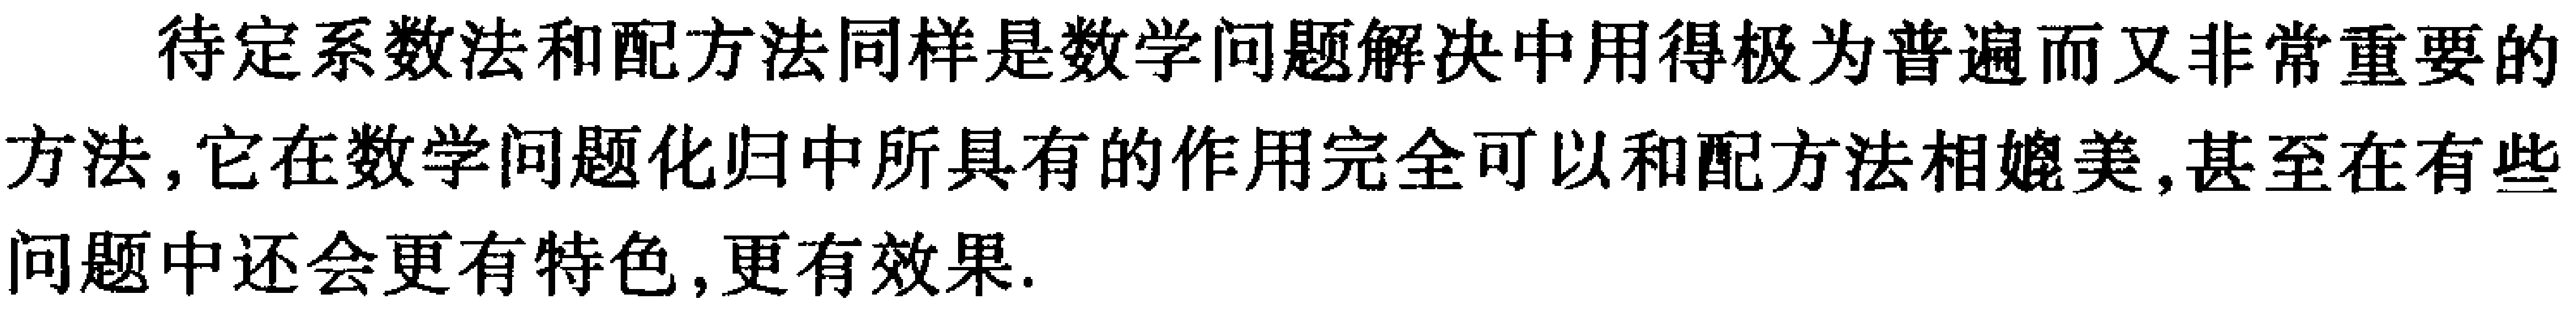
待定系数法和配方法同样是数学问题解决中用得极为普遍而又非常重要的方法，它在数学问题化归中所具有的作用完全可以和配方法相媲美，甚至在有些问题中还会更有特色，更有效果.